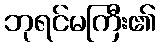
ဘုရင်မကြီး၏